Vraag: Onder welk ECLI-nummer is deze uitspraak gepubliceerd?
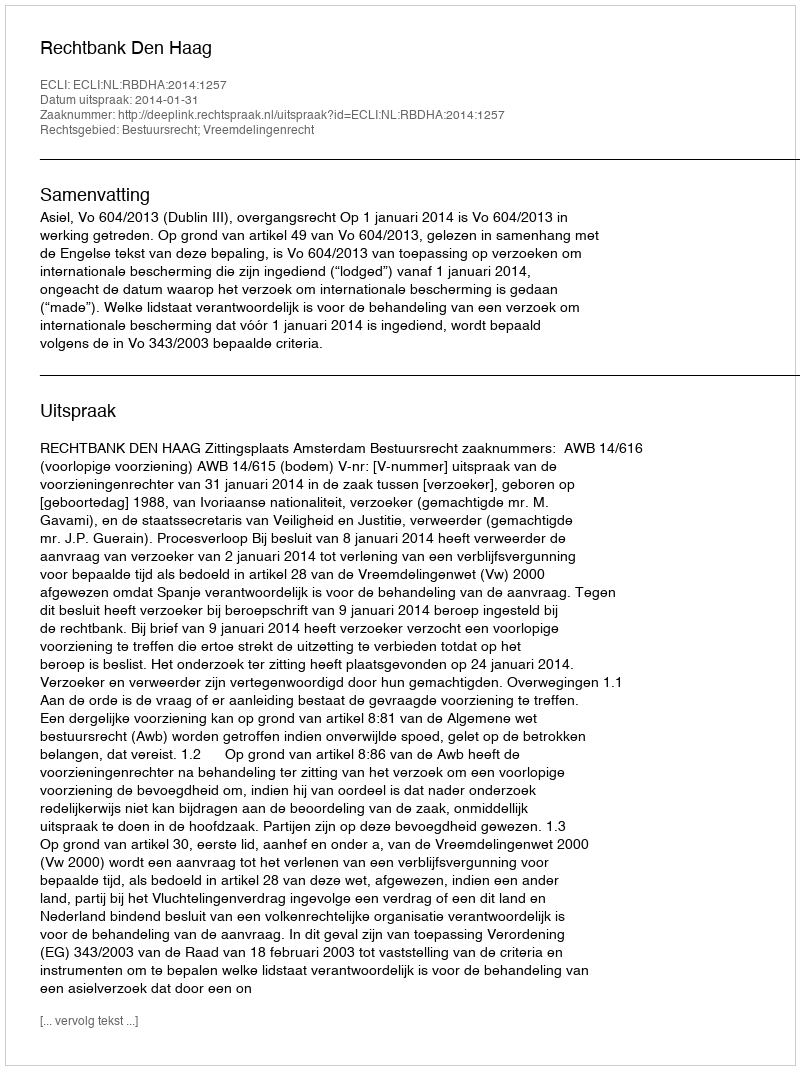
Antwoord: ECLI:NL:RBDHA:2014:1257